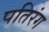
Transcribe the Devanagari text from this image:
पतिरंग